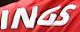
INGS